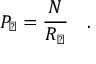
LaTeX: P _ { \natural } = { \frac { N } { R _ { \natural } } } \quad .